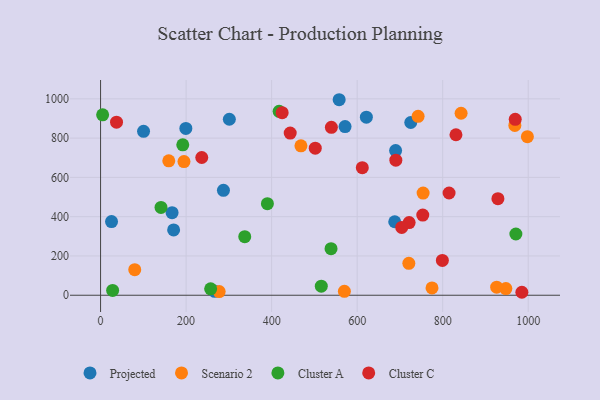
{"axis": {"x": "Study Hours", "y": "Salary"}, "legend": ["Cluster A", "Cluster C", "Projected", "Scenario 2"], "data": [{"x": "170.8", "y": 332.7, "type": "Projected"}, {"x": "199.4", "y": 849.1, "type": "Projected"}, {"x": "266.8", "y": 19.8, "type": "Projected"}, {"x": "557.9", "y": 995.4, "type": "Projected"}, {"x": "621.5", "y": 906.5, "type": "Projected"}, {"x": "25.6", "y": 375.0, "type": "Projected"}, {"x": "725.3", "y": 879.4, "type": "Projected"}, {"x": "687.8", "y": 374.2, "type": "Projected"}, {"x": "167.2", "y": 420.5, "type": "Projected"}, {"x": "571.7", "y": 858.5, "type": "Projected"}, {"x": "287.3", "y": 534.1, "type": "Projected"}, {"x": "100.5", "y": 834.7, "type": "Projected"}, {"x": "689.9", "y": 736.3, "type": "Projected"}, {"x": "301.1", "y": 895.9, "type": "Projected"}, {"x": "468.5", "y": 760.9, "type": "Scenario 2"}, {"x": "79.9", "y": 130.0, "type": "Scenario 2"}, {"x": "720.8", "y": 162.6, "type": "Scenario 2"}, {"x": "570.1", "y": 20.1, "type": "Scenario 2"}, {"x": "742.5", "y": 911.0, "type": "Scenario 2"}, {"x": "775.0", "y": 37.0, "type": "Scenario 2"}, {"x": "947.7", "y": 33.8, "type": "Scenario 2"}, {"x": "968.7", "y": 864.6, "type": "Scenario 2"}, {"x": "926.2", "y": 41.3, "type": "Scenario 2"}, {"x": "195.0", "y": 680.3, "type": "Scenario 2"}, {"x": "843.0", "y": 926.5, "type": "Scenario 2"}, {"x": "998.0", "y": 807.2, "type": "Scenario 2"}, {"x": "277.3", "y": 18.8, "type": "Scenario 2"}, {"x": "754.2", "y": 519.9, "type": "Scenario 2"}, {"x": "159.5", "y": 684.4, "type": "Scenario 2"}, {"x": "257.4", "y": 32.7, "type": "Cluster A"}, {"x": "337.1", "y": 298.3, "type": "Cluster A"}, {"x": "28.2", "y": 24.7, "type": "Cluster A"}, {"x": "971.1", "y": 311.7, "type": "Cluster A"}, {"x": "538.9", "y": 236.9, "type": "Cluster A"}, {"x": "516.1", "y": 46.3, "type": "Cluster A"}, {"x": "141.3", "y": 447.0, "type": "Cluster A"}, {"x": "4.8", "y": 918.5, "type": "Cluster A"}, {"x": "390.1", "y": 466.1, "type": "Cluster A"}, {"x": "417.5", "y": 936.2, "type": "Cluster A"}, {"x": "192.2", "y": 765.9, "type": "Cluster A"}, {"x": "929.1", "y": 491.6, "type": "Cluster C"}, {"x": "831.0", "y": 817.1, "type": "Cluster C"}, {"x": "969.6", "y": 895.8, "type": "Cluster C"}, {"x": "502.0", "y": 748.7, "type": "Cluster C"}, {"x": "753.4", "y": 407.9, "type": "Cluster C"}, {"x": "814.9", "y": 520.5, "type": "Cluster C"}, {"x": "236.6", "y": 701.3, "type": "Cluster C"}, {"x": "799.2", "y": 177.5, "type": "Cluster C"}, {"x": "37.3", "y": 880.9, "type": "Cluster C"}, {"x": "424.6", "y": 929.5, "type": "Cluster C"}, {"x": "539.7", "y": 854.7, "type": "Cluster C"}, {"x": "443.4", "y": 825.5, "type": "Cluster C"}, {"x": "721.5", "y": 370.0, "type": "Cluster C"}, {"x": "690.4", "y": 687.4, "type": "Cluster C"}, {"x": "704.2", "y": 345.1, "type": "Cluster C"}, {"x": "985.1", "y": 15.1, "type": "Cluster C"}, {"x": "612.0", "y": 649.7, "type": "Cluster C"}]}